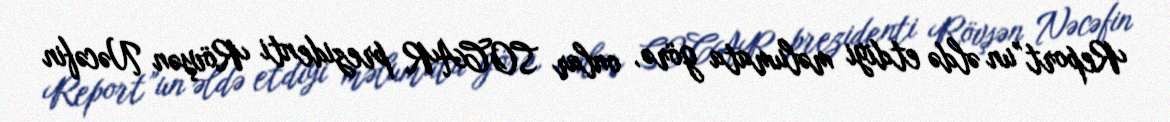
Report”un əldə etdiyi məlumata görə, onlar SOCAR prezidenti Rövşən Nəcəfin